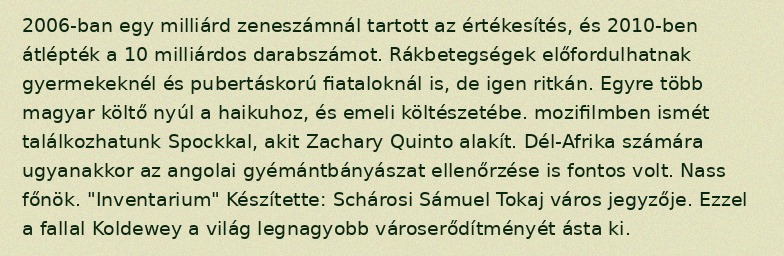
2006-ban egy milliárd zeneszámnál tartott az értékesítés, és 2010-ben átlépték a 10 milliárdos darabszámot. Rákbetegségek előfordulhatnak gyermekeknél és pubertáskorú fiataloknál is, de igen ritkán. Egyre több magyar költő nyúl a haikuhoz, és emeli költészetébe. mozifilmben ismét találkozhatunk Spockkal, akit Zachary Quinto alakít. Dél-Afrika számára ugyanakkor az angolai gyémántbányászat ellenőrzése is fontos volt. Nass főnök. "Inventarium" Készítette: Schárosi Sámuel Tokaj város jegyzője. Ezzel a fallal Koldewey a világ legnagyobb városerődítményét ásta ki.